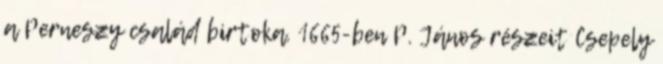
a Perneszy család birtoka. 1665-ben P. János részeit Csepely